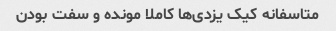
متاسفانه کیک یزدی‌ها کاملا مونده و سفت بودن